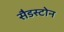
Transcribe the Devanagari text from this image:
सैडस्टोन